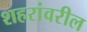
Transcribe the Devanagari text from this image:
शहरांवरील